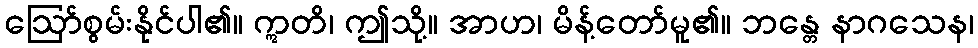
ဩော်စွမ်းနိုင်ပါ၏။ ဣတိ၊ ဤသို့။ အာဟ၊ မိန့်တော်မူ၏။ ဘန္တေ နာဂသေန၊